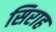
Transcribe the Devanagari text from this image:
सिराह